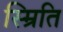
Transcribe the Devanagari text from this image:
स्म्रिति